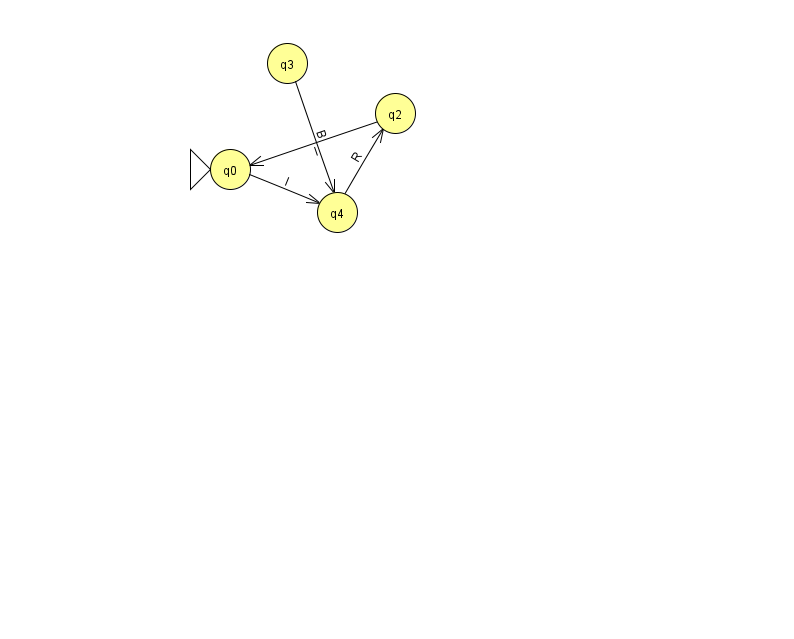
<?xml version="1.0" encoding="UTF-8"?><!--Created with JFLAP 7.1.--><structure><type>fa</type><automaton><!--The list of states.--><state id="0" name="q0"><x>230.0</x><y>156.0</y><initial/></state><state id="2" name="q2"><x>395.0</x><y>100.0</y></state><state id="3" name="q3"><x>287.0</x><y>50.0</y></state><state id="4" name="q4"><x>337.0</x><y>199.0</y></state><!--The list of transitions.--><transition><from>0</from><to>4</to><read>I</read></transition><transition><from>4</from><to>2</to><read>R</read></transition><transition><from>2</from><to>0</to><read>l</read></transition><transition><from>3</from><to>4</to><read>B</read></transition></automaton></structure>